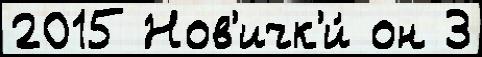
2015 Нов'ичк'и́ он 3